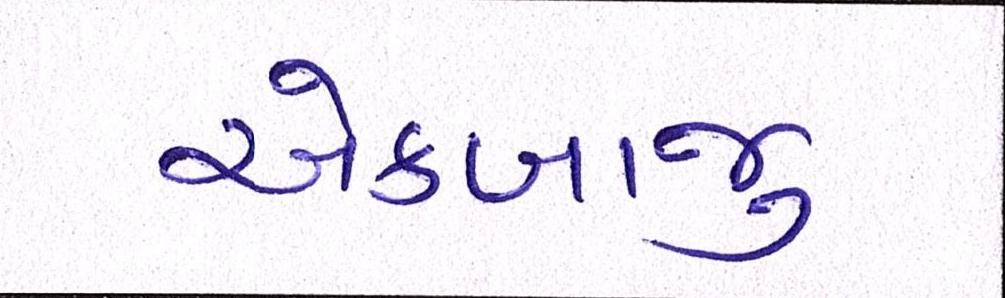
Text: એકબાજુ